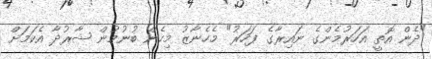
"ދެން އޮތީ އަހަރުމެންގެ ނައިރާގެ ފަހަރު" މެހެނާޒު މިހެން ބުނުމުން ޝާރުދާ އެކަމަށް